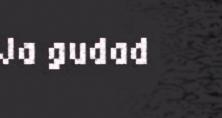
Ja gudad